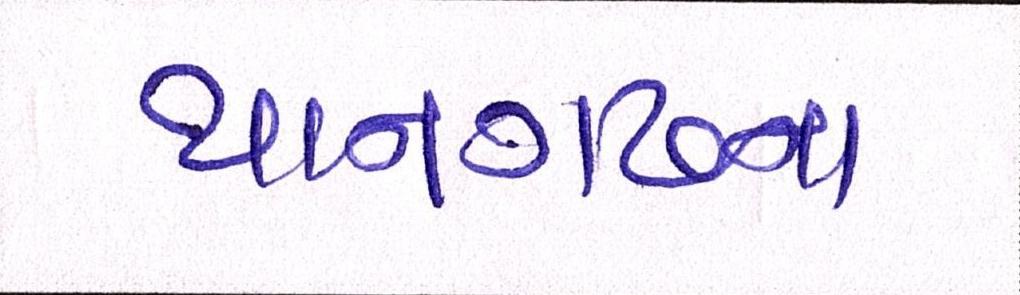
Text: થાનગઢના